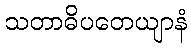
သတာဓိပတေယျာနံ